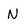
Character: N